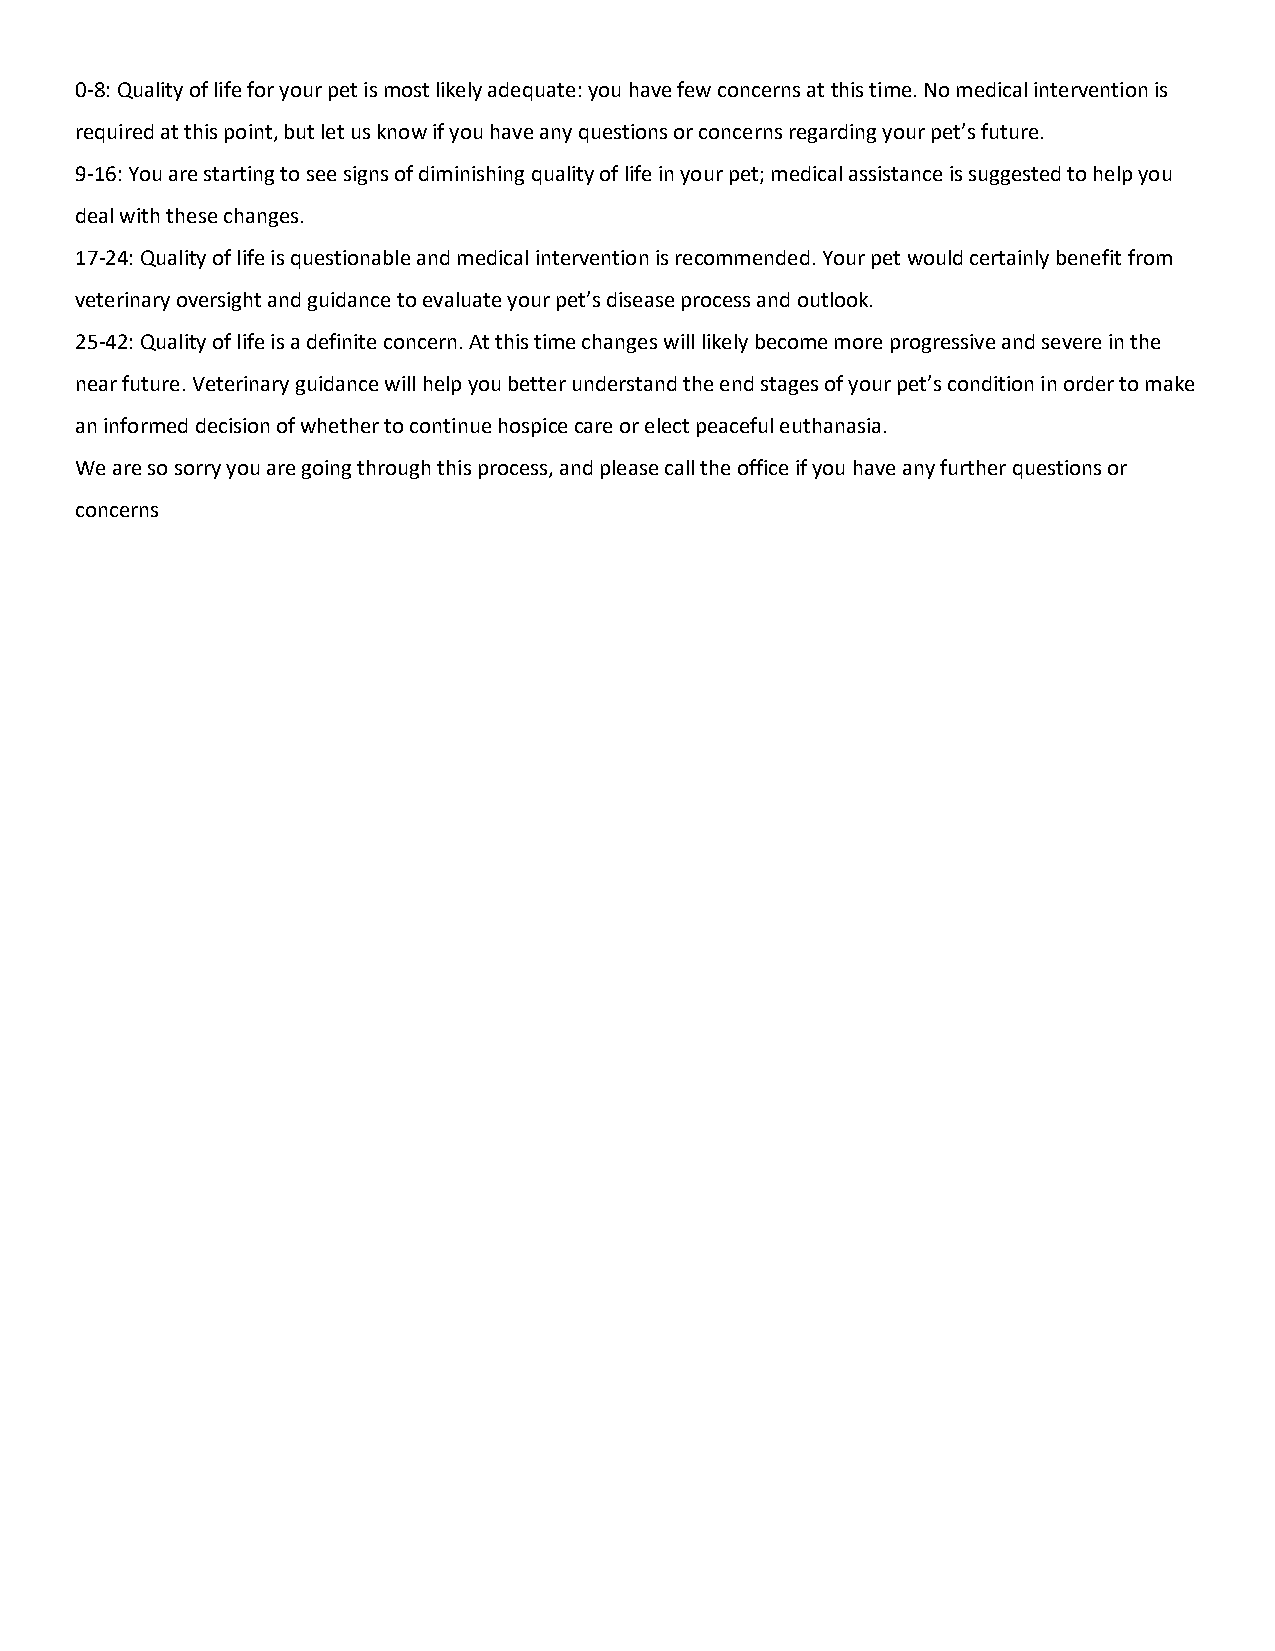
0-8: Quality of life for your pet is most likely adequate: you have few concerns at this time. No medical intervention is
 required at this point, but let us know if you have any questions or concerns regarding your pet’s future.
 9-16: You are starting to see signs of diminishing quality of life in your pet; medical assistance is suggested to help you
 deal with these changes.
 17-24: Quality of life is questionable and medical intervention is recommended. Your pet would certainly benefit from
 veterinary oversight and guidance to evaluate your pet’s disease process and outlook.
 25-42: Quality of life is a definite concern. At this time changes will likely become more progressive and severe in the
 near future. Veterinary guidance will help you better understand the end stages of your pet’s condition in order to make
 an informed decision of whether to continue hospice care or elect peaceful euthanasia.
 We are so sorry you are going through this process, and please call the office if you have any further questions or
 concerns